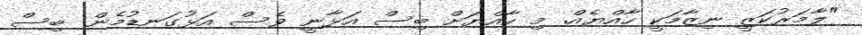
"ލާމަރުކަޒީ ނިޒާމަކީ ހާއްޔެއް. މި ހާއްޔަށް ބިސް އަޅާނީ ވެސް އަޅުގަނޑުމެން. ބިސް